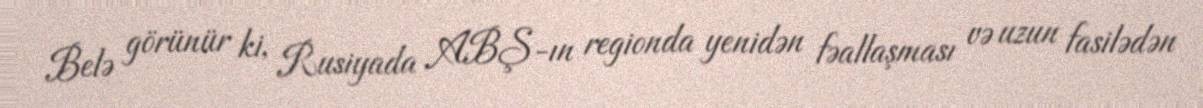
Belə görünür ki, Rusiyada ABŞ-ın regionda yenidən fəallaşması və uzun fasilədən